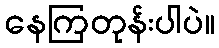
နေကြတုန်းပါပဲ။